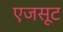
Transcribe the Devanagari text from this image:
एजसूट